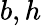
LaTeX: b,h